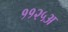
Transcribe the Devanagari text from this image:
११२५अ